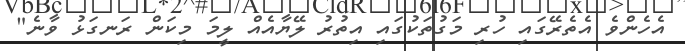
އެހެންވެ އެތެރޭގައި ހުރި މަގުތަކުގައި އިތުރު ލޭޔާއެއް ލީމަ މިކަން ރަނގަޅު ވާނެ"